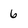
Character: 6